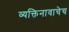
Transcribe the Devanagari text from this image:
व्यक्तिनावाचेच